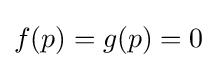
f(p)=g(p)=0